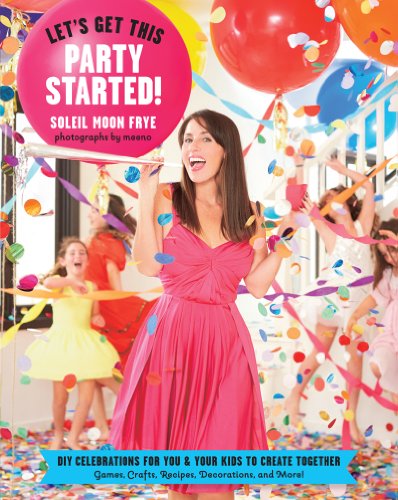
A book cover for Let's Get This Party Started: DIY Celebrations for You and Your Kids to Create Together. Games, Crafts,  Recipes, Decorations and More!; Soleil Moon Frye; Cookbooks, Food & Wine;